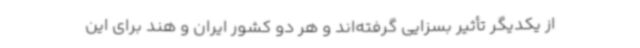
از یکدیگر تأثیر بسزایی گرفته‌اند و هر دو کشور ایران و هند برای این